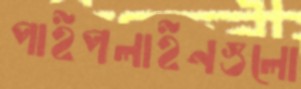
পাইপলাইনগুলো